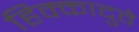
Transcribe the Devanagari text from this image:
हिक्कादुवे